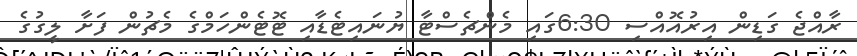
ރާއްޖެ ގަޑިން އިރުއޮއްސި 6:30ގައި މެންޗެސްޓާ ޔުނައިޓެޑާއި ޓޮޓެންހަމްގެ މެޗުން ފަށާ ލީގުގެ